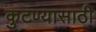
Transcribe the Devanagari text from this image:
कुटण्यासाठी